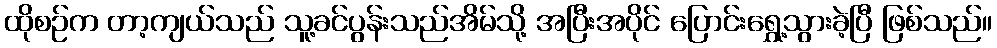
ထိုစဉ်က တာ့ကျယ်သည် သူ့ခင်ပွန်းသည်အိမ်သို့ အပြီးအပိုင် ပြောင်းရွှေ့သွားခဲ့ပြီ ဖြစ်သည်။